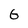
Character: G